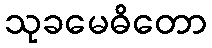
သုခမေဓိတော